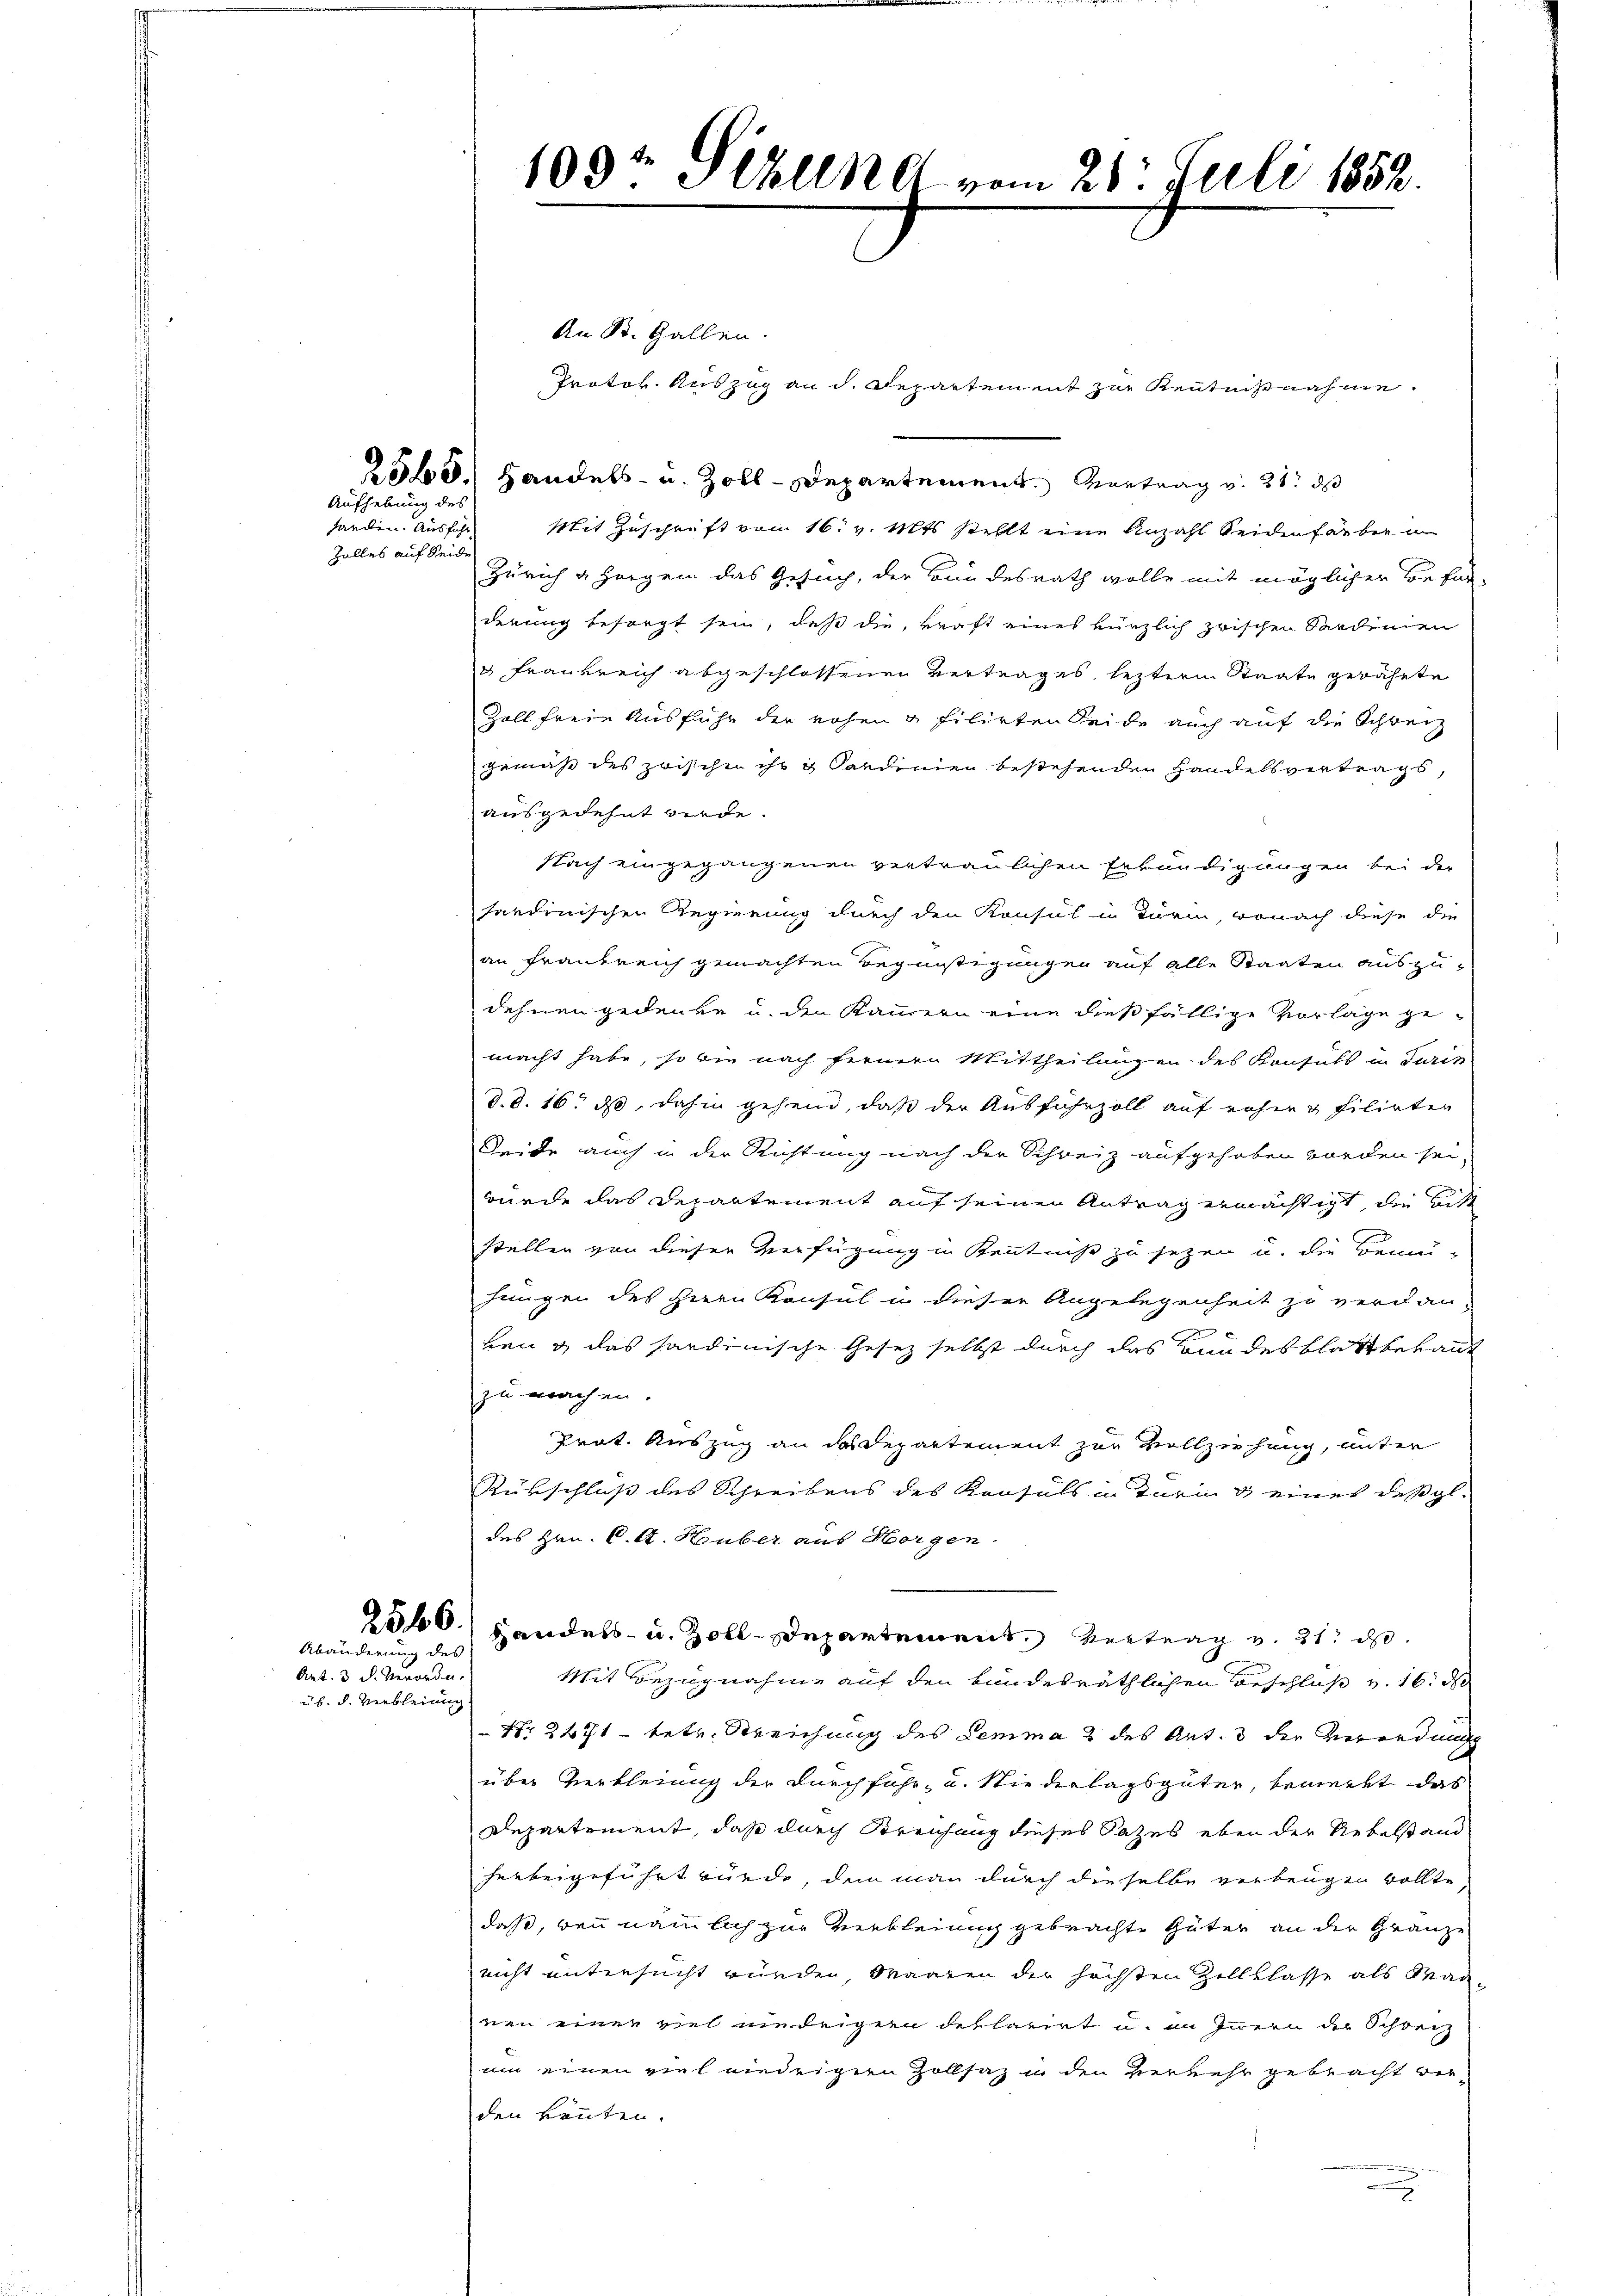
farden. Ausführ
zalles auf Seid

Aufhebung des

256.
Abänderung des

Art. 3 d. Verorden.
üb. d. Verbleinung.

109t Seblind vom 21. Juli 1852.

An St. Gallen.
Protok. Auszug an d. Departement zur Kenntnißnahme.
2568. Handels- u. Zoll-Departement. Vortrag v. 21. ds
Mit Zuschrift vom 16. v. Mts. stellt eine Anzahl Seidenfarben un
Zürich a Horgen das Gesuch, der Bundesrath wolle mit möglichen Befürderung besorgt sein, daß die, kraft eines kürzlich zwischen Sardinien
u Frankreich abgeschlossenen Vertrages, lezterm Staate gerahte
Zoll freie Ausführ der rohen & filirten Seide auch auf die Schweiz
gemäß des zwischen ihr u Sardinien bestehenden Handelsvertrags,
ausgedehnt werde.
Nach eingegangenen vertraulichen Erkundigungen bei der
tardinischen Regierung durch den Konsul in Turin, wonach diese die
an Frankreich gemachten Begünstigungen auf alle Staaten auszu-
dehnen gedenke u. den Kammern eine dießfällige Vorlage gemacht habe, so bin nach fernern Mittheilungen des Konsuls in Turin
d. d. 16. ds, dahin gehend, daß der Ausfuhrzoll auf rohen Filirten
Seide auch in der Richtung nach der Schreiz aufgehoben worden sei,
wurde das Departement auf seinen Antrag ermächtigt, die Bitt
stellen von dieser Verfügung in Kenntniß zu sezen u. die Bemühungen des Herrn Konsul in dieser Angelegenheit zu verdan-

ben & das handenische Gesetz selbst durch das Bundesblatt bekann
zu machen.
Prat. Auszug an das Departement zur Vollziehung, unter
Rükschluß des Schreibens des Konsuls in Turin & eines deßgl.
des Hrn. C. A. Huber aus Horgen
Handels- u. Zoll-Departemens Vertrag v. 21. ds.
Mit Bezugnahme auf den bundesräthlichen Beschluß v. 16. d
 Nr. 2471 betr. Streichung des Lemma 2 des Art. 3 der Verordnung
über Verkleiung der Durchfahr- u. Niederlagsgüter, bemerkt das
Departement, daß durch Streichung dieses Satzes eben der Uebelstand
herbeigeführt würde, dem man durch dieselbe verbeugen wollte
daß, bei nämlich zur Verbleinig gebrachte Güter an der Gränze
nicht untersucht wurden, Waaren der höchsten Zellklasse als Marnen einer viel niedrigen dellarirt u. an Innern der Schweiz
um einen viel niedrigern Zollsaz in den Verkehr gebracht verden Lauten.
a